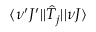
\langle \nu ^ { \prime } J ^ { \prime } | | \hat { T } _ { j } | | \nu J \rangle